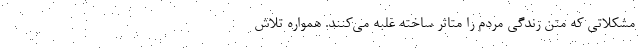
مشکلاتی که متن زندگی مردم را متاثر ساخته غلبه می‌کنند. همواره تلاش